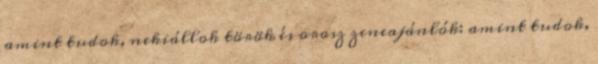
amint tudok, nekiállok török és orosz zeneajánlók: amint tudok,